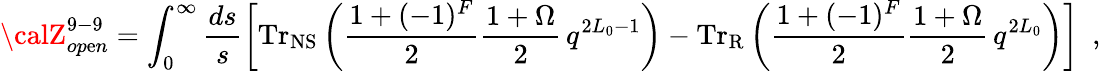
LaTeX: {\calZ}_{op\mathrm{e}n}^{9-9}=\int_{0}^{\infty}\frac{{ds}}{{s}}\left[\mathrm{{Tr}}_{\mathrm{{NS}}}\left({{\frac{{1+(-1)^{F}}}{{2}}}}{\frac{{1+\Omega}}{{2}}}\, q^{2L_{0}-1}\right)-\mathrm{{Tr}}_{\mathrm{{R}}}\left({{\frac{{1+(-1)^{F}}}{{2}}}}{\frac{{1+\Omega}}{{2}}}\, q^{2L_{0}}\right)\right]~~,